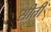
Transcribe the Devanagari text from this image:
सीती